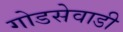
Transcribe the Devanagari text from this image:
गोडसेवाडी